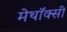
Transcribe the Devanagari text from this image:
मेथॉक्सी